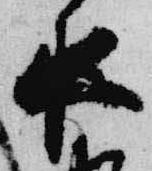
夜